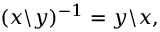
( x \backslash y ) ^ { - 1 } = y \backslash x ,